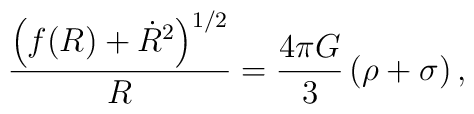
\frac{\left(f(R)+\dot{R}^2\right)^{1/2}}{R}=\frac{4\pi G}{3}\,(\rho+\sigma)\,,